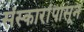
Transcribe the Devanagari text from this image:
संस्कारांपासून